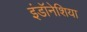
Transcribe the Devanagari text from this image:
इंडॉनेशिया